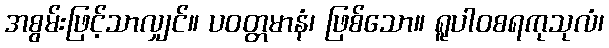
အစွမ်းဖြင့်သာလျှင်။ ပဝတ္တမာနံ၊ ဖြစ်သော။ ရူပါဝစရကုသုလံ၊